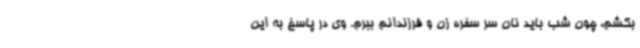
بکشم، چون شب باید نان سر سفره زن و فرزندانم ببرم. وی در پاسخ به این